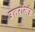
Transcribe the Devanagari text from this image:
उत्तरांखंड